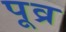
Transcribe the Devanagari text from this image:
पूव्र